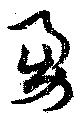
勇